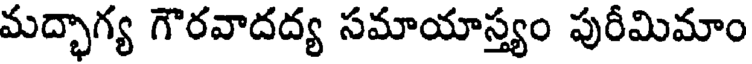
మద్భాగ్య గౌరవాదద్య సమాయాస్త్యం పురీమిమాం